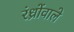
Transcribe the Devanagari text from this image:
रंध्रोंवाले